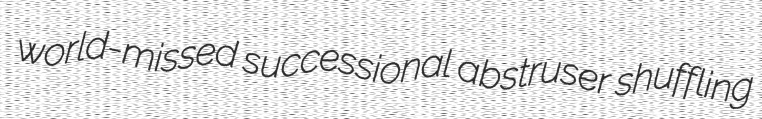
world-missed successional abstruser shuffling